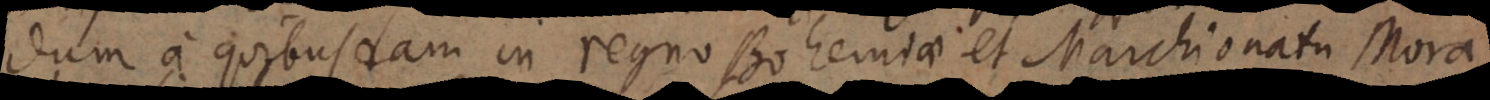
dum a quibusdam in regno Bohemiae et Marchionatu Mora